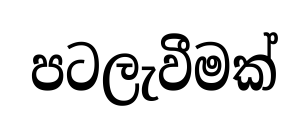
පටලැවීමක්